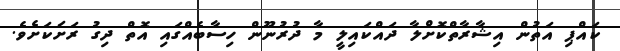
ކައްޕި އަތުން އިޝާރާތްކޮށްލާ ދައްކައިލީ މާ ދުރުނޫން ހިސާބެއްގައި އޮތް ދިގު ރަށަކަށެވެ.